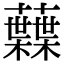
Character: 𧄠